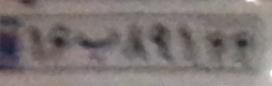
۱۶ب۸۹۱۴۴